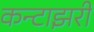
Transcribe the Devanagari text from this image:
कन्टाझरी